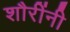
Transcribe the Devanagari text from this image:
शौरींनी